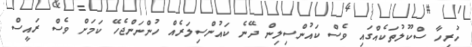
ހުރިހާ ސްކޫލުތަކެއްގައި ވެސް ކައުންސިލިން ދޭނެ ކައުންސިލަރެއް ހުންނަންޖެހޭ ކަމަށް ވެސް ރައީސް